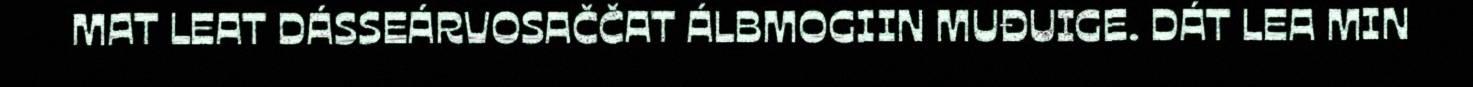
MAT LEAT DÁSSEÁRVOSAČČAT ÁLBMOGIIN MUĐUIGE. DÁT LEA MIN